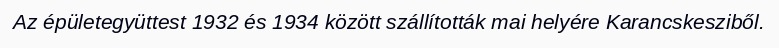
Az épületegyüttest 1932 és 1934 között szállították mai helyére Karancskesziből.